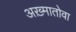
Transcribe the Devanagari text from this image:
अख़्मातोवा